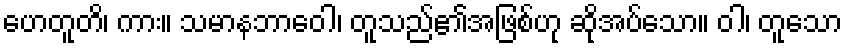
ဟေတူတိ၊ ကား။ သမာနဘာဝေါ၊ တူသည်၏အဖြစ်ဟု ဆိုအပ်သော။ ဝါ၊ တူသော